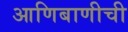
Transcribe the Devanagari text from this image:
आणिबाणीची